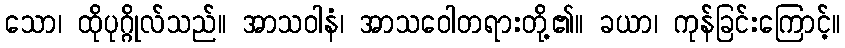
သော၊ ထိုပုဂ္ဂိုလ်သည်။ အာသဝါနံ၊ အာသဝေါတရားတို့၏။ ခယာ၊ ကုန်ခြင်းကြောင့်။